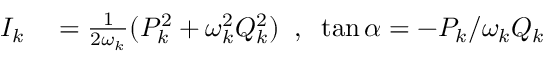
\begin{array} { r l } { I _ { k } } & { { } = \frac { 1 } { 2 \omega _ { k } } ( P _ { k } ^ { 2 } + \omega _ { k } ^ { 2 } Q _ { k } ^ { 2 } ) \; \; , \; \; \tan \alpha = - P _ { k } / \omega _ { k } Q _ { k } } \end{array}